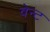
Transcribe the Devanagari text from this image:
वेन्ट